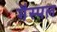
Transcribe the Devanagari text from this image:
गैस्पल